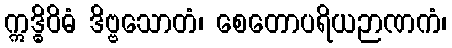
ဣဒ္ဓိဝိဓံ ဒိဗ္ဗသောတံ၊ စေတောပရိယဉာဏကံ၊